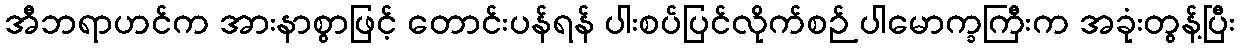
အီဘရာဟင်က အားနာစွာဖြင့် တောင်းပန်ရန် ပါးစပ်ပြင်လိုက်စဉ် ပါမောက္ခကြီးက အခုံးတွန့်ပြီး